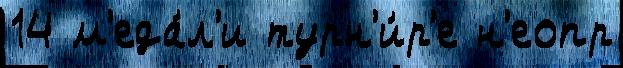
14 м'еда́л'и турн'и́р'е н'еопр